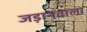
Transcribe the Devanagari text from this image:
जड़ानवाला